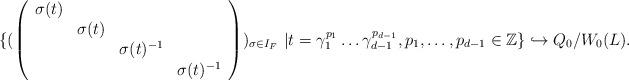
LaTeX: \begin{align*} \{ ( \left( \begin{array} {cccc} \sigma(t) & & & \\ & \sigma(t) & & \\ & & \sigma(t)^{-1} & \\ & & & \sigma(t)^{-1}\end{array} \right) )_{\sigma \in I_F} \ \vert t=\gamma_1^{p_1} \dots \gamma_{d-1}^{p_{d-1}}, p_1, \dots, p_{d-1} \in \mathbb{Z} \} \hookrightarrow Q_0/W_0(L).\end{align*}